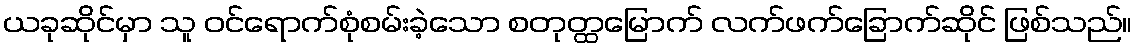
ယခုဆိုင်မှာ သူ ဝင်ရောက်စုံစမ်းခဲ့သော စတုတ္ထမြောက် လက်ဖက်ခြောက်ဆိုင် ဖြစ်သည်။